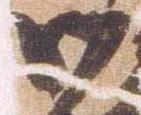
御